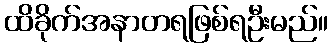
ထိခိုက်အနာတရဖြစ်ရဦးမည်။